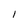
Character: I